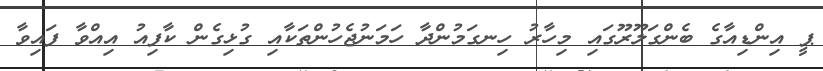
ޕީ އިންޑިއާގެ ބެންގަލޫރޫގައި މިހާރު ހިނގަމުންދާ ހަމަނުޖެހުންތަކާއި ގުޅިގެން ކާފިއު އިއްވާ ފައިވާ